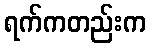
ရက်ကတည်းက